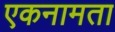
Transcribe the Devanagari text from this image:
एकनामता